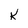
Character: K